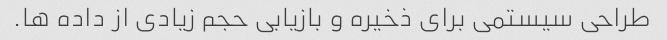
طراحی سیستمی برای ذخیره و بازیابی حجم زیادی از داده ها.